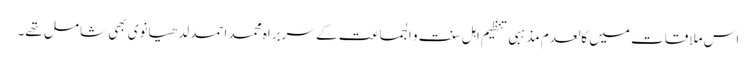
اس ملاقات میں کالعدم مذہبی تنظیم اہل سنت و الجماعت کے سربراہ محمد احمد لدھیانوی بھی شامل تھے۔